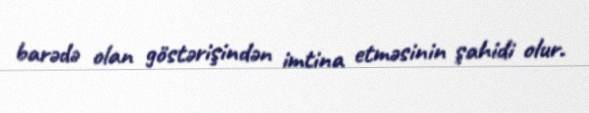
barədə olan göstərişindən imtina etməsinin şahidi olur.